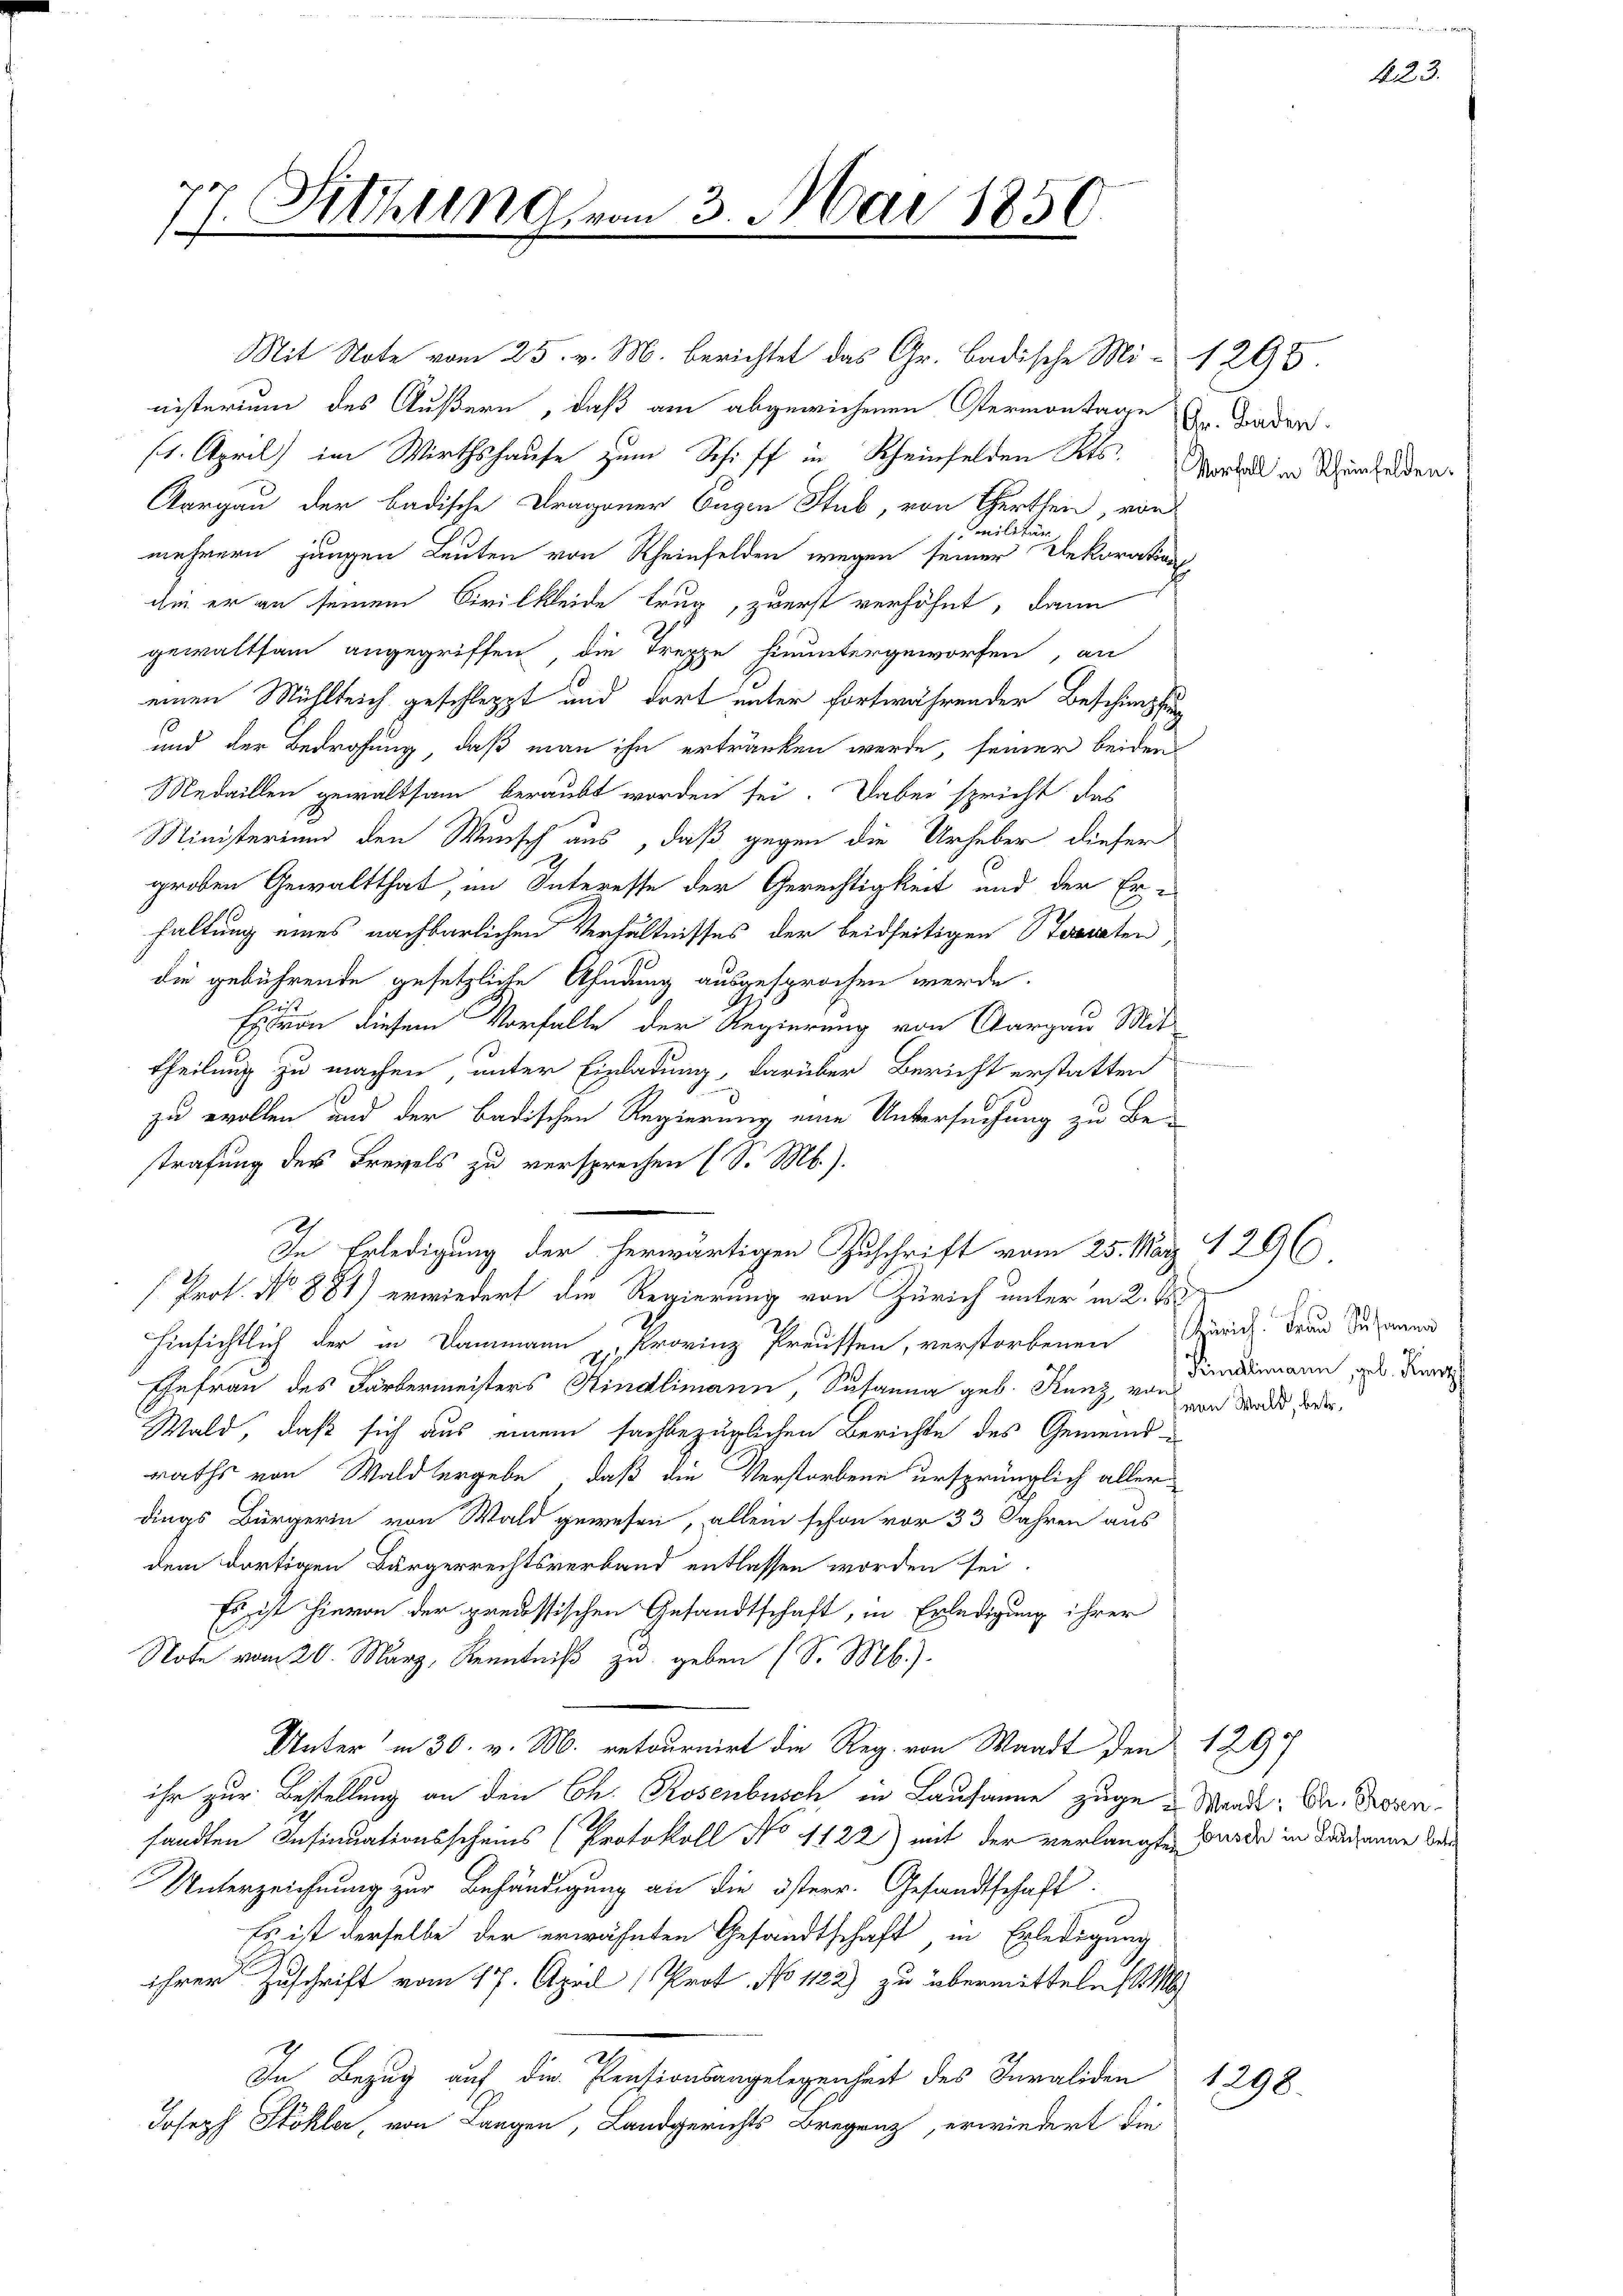
77. Sitzung von 3. Mai 1851

Mit Note vom 25. v. M. berichtet das Gr. Badische Mi-1295.
nisterium des Äußern, daß am abgewichenen Ostermontage
/1. April) im Wirthshause zum Schiff in Rheinfelden Kts.
Aargau der badische Dragoner Eugen Stub, von Gerthen, von
militär
mehrern jungen Leuten von Rheinfelden wegen seiner Dekorations-
die er an seinem Civilkleide trug, zuerst verhöhnt, dann
gewaltsam angegriffen die Treppe hinuntergeworfen, an
einen Mühlreich geschleppt und dort unter fortwährender Beschimpfung
und der Bedrohung, daß man ihn ertränken werde, seiner beiden
Medaillen gewaltsam beraubt worden sei. Dabei spricht das
Ministerium den Wunsch aus, daß gegen die Urheber dieser
großen Gewaltthat, im Interesse der Gerechtigkeit und der Er-
haltung eines nachbarlichen Verhältnisses der beidseitigen Sternten
die gebührende gesetzliche Ahndung ausgesprochen werde.
t
von diesem Vorfalle der Regierung von Aargau Mit
theilung zu machen, unter Einladung, darüber Bericht erstatten
zu wollen und der Badischen Regierung eine Untersuchung zu Be-
strafung des Frevels zu versprechen (S. M.).
In Erledigung der herwärtigen Zuschrift vom 25. März 1296
Prof. No 881) erwiedert die Regierung von Zürich unter in 2. 188
hinsichtlich der in Dammann Provinz Preussen, verstorbenen Zürich Frau Susanne
Ehefrau des Färbermeisters Kindlimann, Susanna geb. Kunz, von
Wald, daß sich aus einem fachbezüglichen Berichte des Gemeindraths von Waldbergebe, daß die Verstorbene ursprünglich aller
dings Bürgerin von Wald gewesen, allein schon vor 33 Jahren aus
dem dortigen Bürgerrechtsverband entlassen worden sei.
Es ist hievon der preussischen Gesandtschaft, in Erledigung ihrer
Note vom 20. März, Kenntniß zu geben (S. Mb.).
Unter in 30. v. M. retournirt die Reg. von Waadt den 1297
ihr zur Bestellung an den Ch. Rosenbusch in Lausanne zuge - Wand: Der Rosensandten Insinuationsscheins (Protokoll No 1122) mit der verlangten Wurde in Lausanne de
Unterzeichnung zur Behändigung an die österr. Gesandtschaft.
Es ist derselbe der erwähnten Gesandtschaft, in Erledigung
ihrer Zuschrift vom 17. April ( Prof. No 1122) zu übermitteln (l. M
In Bezug auf die Pensionsangelegenheit des Invaliden
Joseph Stokler, von Langen, Landgerichts Bregenz, erwiedert die

Gr. Baden.
Vorfall in Rheinfelden.

Kindlimann, geb. Kanzl
von Wald, betr.

1298.

423.